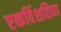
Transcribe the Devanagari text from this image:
एकविंशतिधा